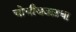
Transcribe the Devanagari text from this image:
चोचीजवळचा